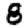
Digit: 8